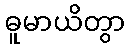
ဓူမာယိတွာ